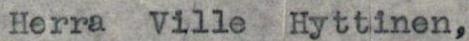
Herra Ville Hyttinen,